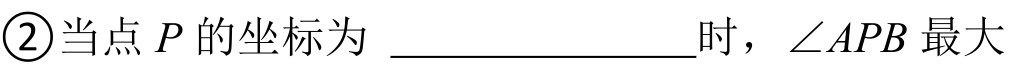
\textcircled{2}当点\(P\)的坐标为  ______________时，\(\angle APB\)最大